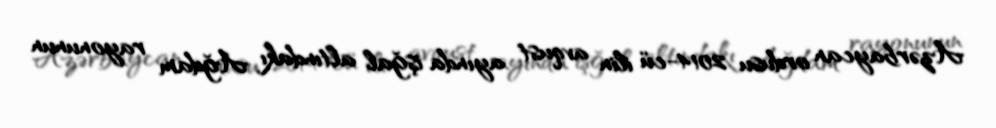
Azərbaycan ordusu 2014-cü ilin avqust ayında işğal altındakı Ağdam rayonunun